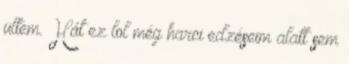
ültem. Hát ez lol még harci edzéseim alatt sem